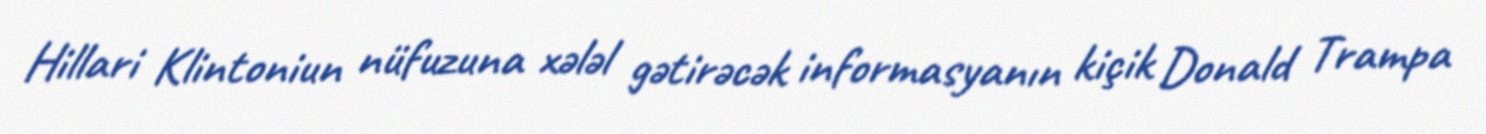
Hillari Klintoniun nüfuzuna xələl gətirəcək informasyanın kiçik Donald Trampa